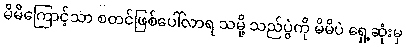
မိမိကြောင့်သာ စတင်ဖြစ်ပေါ်လာရ သမို့ သည်ပွဲကို မိမိပဲ ရှေ့ဆုံးမှ